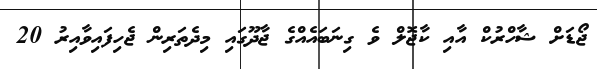
ޖޯޑަށް ޝާހްރުކް އާއި ކާޖޮލް ވެ ގިނަބައެއްގެ ޖާދޫގައި މިދެތަރިން ޖެހިފައިވާއިރު 20